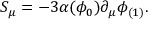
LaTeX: S _ { \mu } = - 3 \alpha ( \phi _ { 0 } ) \partial _ { \mu } \phi _ { ( 1 ) } .